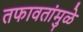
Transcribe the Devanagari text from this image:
तफावतांमुळे